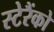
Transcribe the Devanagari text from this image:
स्टेरैंको